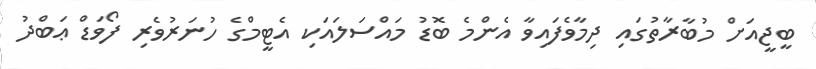
ބީޖީއަށް މުބާރާތުގައި ދިމާވެފައިވާ އެންމެ ބޮޑު މައްސަލައަކި އެޓީމްގެ ހުނަރުވެރި ފޯވަޑް ޢަބްދު